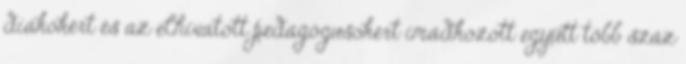
diákokért és az elhivatott pedagógusokért imádkozott együtt több száz